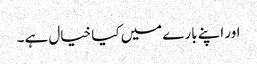
اور اپنے بارے میں کیا خیال ہے ۔